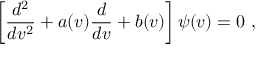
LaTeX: \left[ \frac { d ^ { 2 } } { d v ^ { 2 } } + a ( v ) \frac { d } { d v } + b ( v ) \right] \psi ( v ) = 0 ~ ,